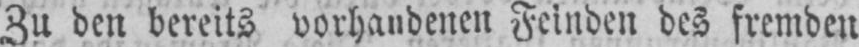
Zu den bereits vorhandenen Feinden des fremden